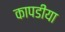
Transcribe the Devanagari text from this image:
कापडीया